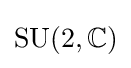
{\text{SU}}(2,\mathbb {C} )